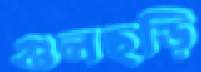
গুলছড়ি